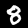
Label: 8